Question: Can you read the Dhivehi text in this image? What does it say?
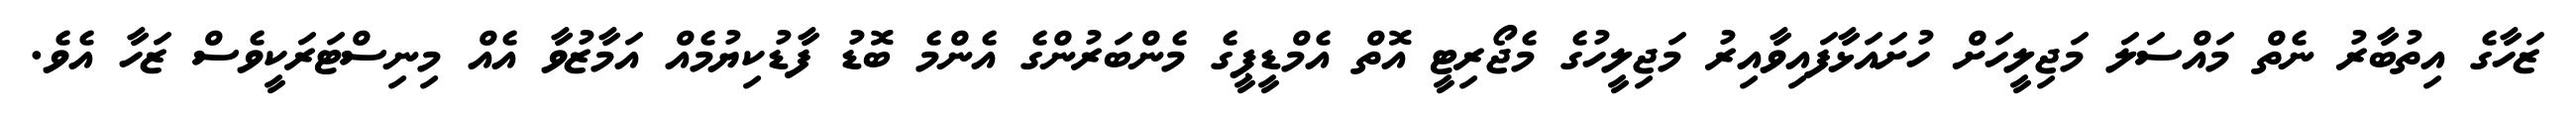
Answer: ޒަހާގެ އިތުބާރު ނެތް މައްސަލަ މަޖިލީހަށް ހުށައަޅާފައިވާއިރު މަޖިލީހުގެ މެޖޯރިޓީ އޮތް އެމްޑީޕީގެ މެންބަރުންގެ އެންމެ ބޮޑު ފާޑުކިޔުމެއް އަމާޒުވާ އެއް މިނިސްޓަރަކީވެސް ޒަހާ އެވެ.